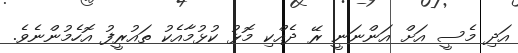
އަދި މެސީ އަށް އަންނަނީ ރޭ ދެއްކި މޮޅު ކުޅުމާއެކު ތައުރީފު އޮހެމުންނެވެ.